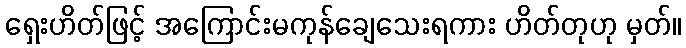
ရှေးဟိတ်ဖြင့် အကြောင်းမကုန်ချေသေးရကား ဟိတ်တုဟု မှတ်။